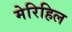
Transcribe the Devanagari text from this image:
मेरिहिल